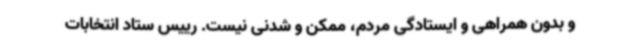
و بدون همراهی و ایستادگی مردم، ممکن و شدنی نیست. رییس ستاد انتخابات